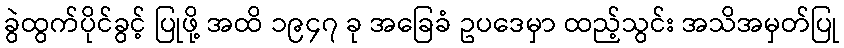
ခွဲထွက်ပိုင်ခွင့် ပြုဖို့ အထိ ၁၉၄၇ ခု အခြေခံ ဥပဒေမှာ ထည့်သွင်း အသိအမှတ်ပြု